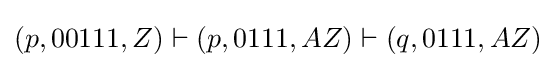
(p,00111,Z)\vdash (p,0111,AZ)\vdash (q,0111,AZ)